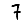
Digit: 7